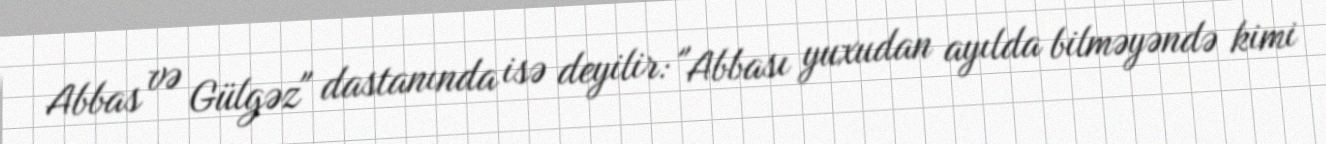
Abbas və Gülgəz" dastanında isə deyilir: "Abbası yuxudan ayılda bilməyəndə kimi